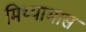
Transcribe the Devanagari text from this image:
मिथ्याभास